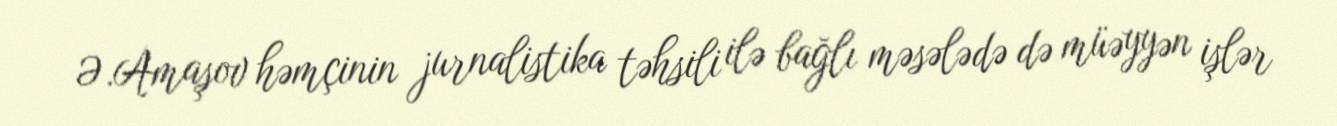
Ə.Amaşov həmçinin jurnalistika təhsili ilə bağlı məsələdə də müəyyən işlər